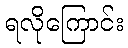
ရလိုကြောင်း